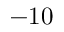
- 1 0